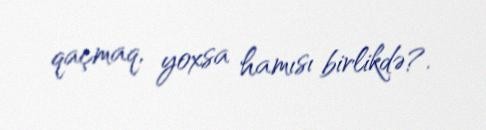
qaçmaq, yoxsa hamısı birlikdə?.